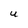
Character: U